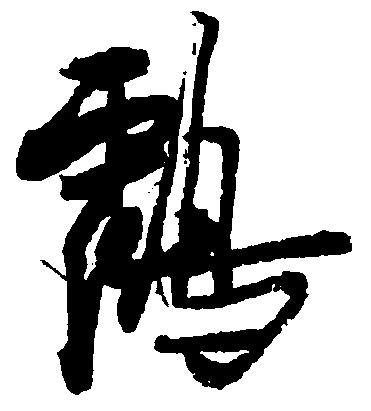
鶴